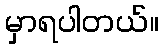
မှာရပါတယ်။